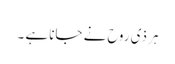
ہر ذی روح نے جانا ہے ۔